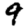
Digit: 9